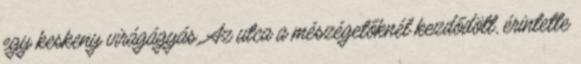
egy keskeny virágágyás. Az utca a mészégetőknél kezdődött, érintette